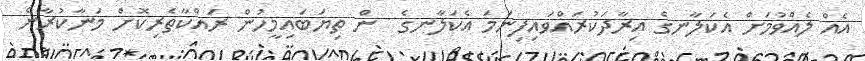
އެއް ލެއްވުމަށް އެކަލާނގެ އިރާދަކުރައްވައިފިނަމަ އެކަލާނގެ  ން ތިޔަބައިމީހުން ރައްކާތެރިކޮށް މަނާކުރާނެ